画像に写った文字を読んでください
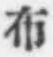
「布」と書いてあります